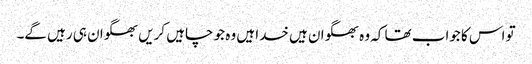
تو اس کا جواب تھا کہ وہ بھگوان ہیں خدا ہیں وہ جو چاہیں کریں بھگوان ہی رہیں گے۔